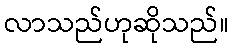
လာသည်ဟုဆိုသည်။